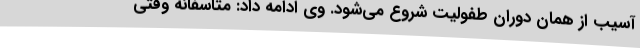
آسیب از همان دوران طفولیت شروع می‌شود. وی ادامه داد: متاسفانه وقتی